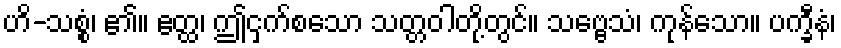
ဟိ-သစ္စံ၊ ၏။ ဧတ္ထ၊ ဤငှက်စသော သတ္တဝါတို့တွင်။ သဗ္ဗေသံ၊ ကုန်သော။ ပက္ခီနံ၊